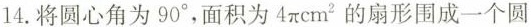
14. 将圆心角为 90°，面积为 4πcm^{2} 的扇形围成一个圆